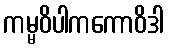
ကမ္မဝိပါကကောဝိဒါ